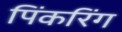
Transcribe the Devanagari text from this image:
पिंकरिंग